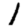
Digit: 1